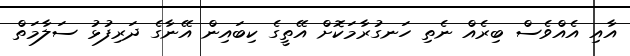
އާއި އެއްވެސް ބިރެއް ނެތި ހަނގުރާމަކޮށް އޭތީގެ ކިބައިން އޭނާގެ ދަރިފުޅު ސަލާމަތް